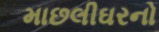
માછલીઘરનો